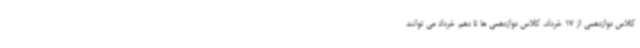
کلاس دوازدهمی از 17 خرداد، کلاس دوازدهمی ها تا دهم خرداد می توانند